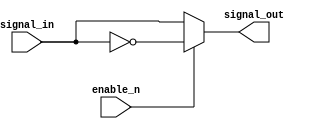
module Combinational_logic_blocks (
    input wire signal_in,
    input wire enable_n,
    output reg signal_out
);

assign signal_out = ~enable_n ? signal_in : !signal_in;

endmodule